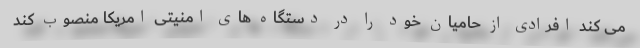
می کند افرادی از حامیان خود را در دستگاه های امنیتی امریکا منصوب کند